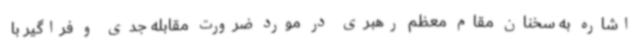
اشاره به سخنان مقام معظم رهبری در مورد ضرورت مقابله جدی و فراگیر با